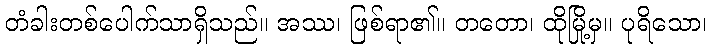
တံခါးတစ်ပေါက်သာရှိသည်။ အဿ၊ ဖြစ်ရာ၏။ တတော၊ ထိုမြို့မှ။ ပုရိသော၊